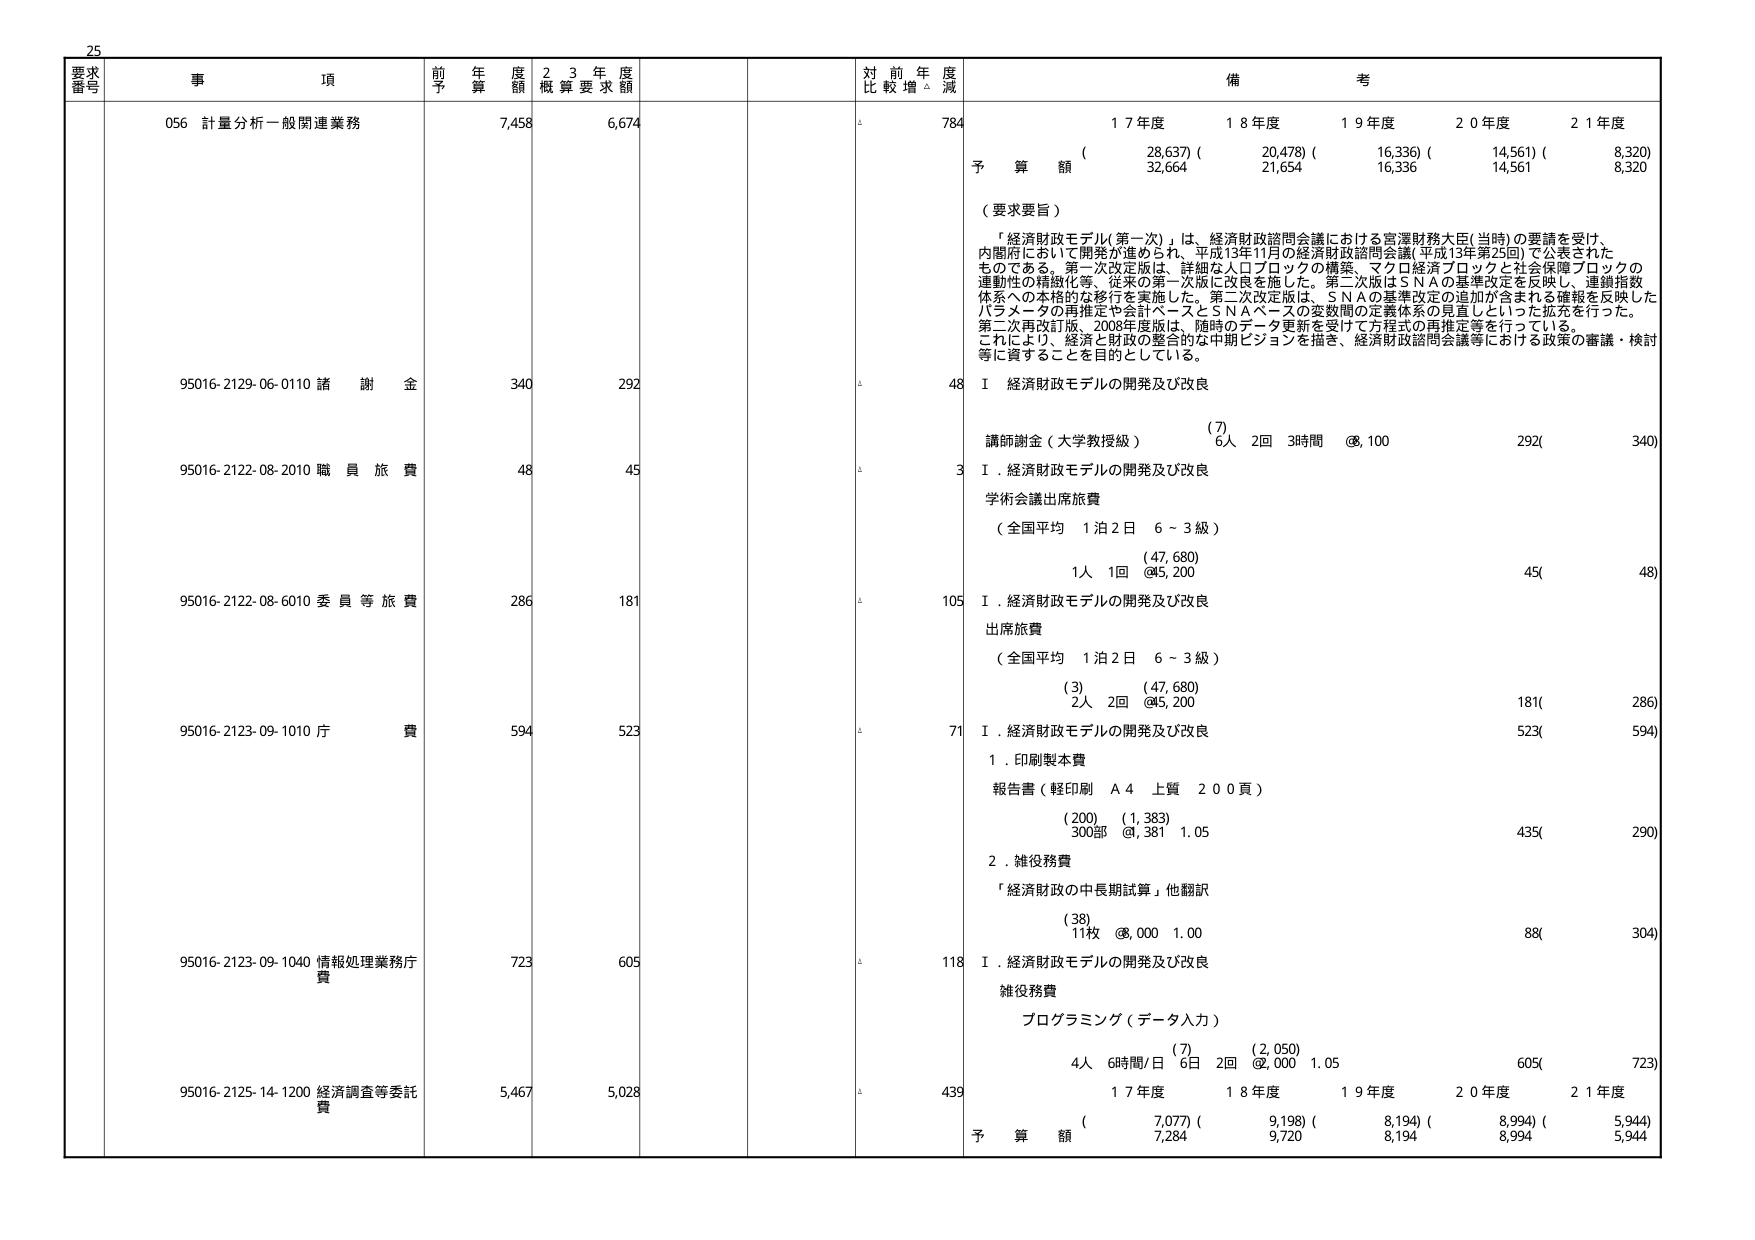
25
要求番号 事項 前年度予算額 2 3 年度概算要求額 対前年度比較増減 備考
056 計量分析一般関連業務 7,458 6,674 △ 784
（ 28,637）（ 20,478）（ 16,336）（ 14,561）（ 8,320）
予算額 32,664 21,654 16,336 14,561 8,320
（要求要旨）
「経済財政モデル（第一次）」は、経済財政諮問会議における宮澤財務大臣（当時）の要請を受け、内閣府において開発が進められ、平成13年11月の経済財政諮問会議（平成13年第25回）で公表されたものである。第一次改定版は、詳細な人口ブロックの構築、マクロ経済ブロックと社会保障ブロックの連動性の精緻化等、従来の第一次版に改良を施した。第二次版はＳＮＡの基準改定を反映し、連鎖指数体系への本格的な移行を実施した。第二次改定版は、ＳＮＡの基準改定の追加が含まれる確報を反映したパラメータの再推定や会計ベースとＳＮＡベースの変数間の定義体系の見直しといった拡充を行った。第二次再改訂版、2008年度版は、随時のデータ更新を受けて方程式の再推定等を行っている。これにより、経済と財政の整合的な中期ビジョンを描き、経済財政諮問会議等における政策の審議・検討等に資することを目的としている。
95016-2129-06-0110 諸謝金 340 292 △ 48 I 経済財政モデルの開発及び改良
（7）
講師謝金（大学教授級） 6人 2回 3時間 @8,100 292( 340)
95016-2122-08-2010 職員旅費 48 45 △ 3 I．経済財政モデルの開発及び改良
学術会議出席旅費
（全国平均 1泊2日 6～3級）
（47,680）
1人 1回 @45,200 45( 48)
95016-2122-08-6010 委員等旅費 286 181 △ 105 I．経済財政モデルの開発及び改良
出席旅費
（全国平均 1泊2日 6～3級）
（3） （47,680）
2人 2回 @45,200 181( 286)
95016-2123-09-1010 庁費 594 523 △ 71 I．経済財政モデルの開発及び改良
1．印刷製本費
報告書（軽印刷 A4 上質 200頁）
（200） （1,383）
300部 @1,381 1.05 435( 290)
2．雑役務費
「経済財政の中長期試算」他翻訳
（38）
11枚 @8,000 1.00 88( 304)
95016-2123-09-1040 情報処理業務庁費 723 605 △ 118 I．経済財政モデルの開発及び改良
雑役務費
プログラミング（データ入力）
（7） （2,050）
4人 6時間/日 6日 2回 @2,000 1.05 605( 723)
95016-2125-14-1200 経済調査等委託費 5,467 5,028 △ 439
1 7年度 1 8年度 1 9年度 2 0年度 2 1年度
（ 7,077）（ 9,198）（ 8,194）（ 8,994）（ 5,944）
予算額 7,284 9,720 8,194 8,994 5,944